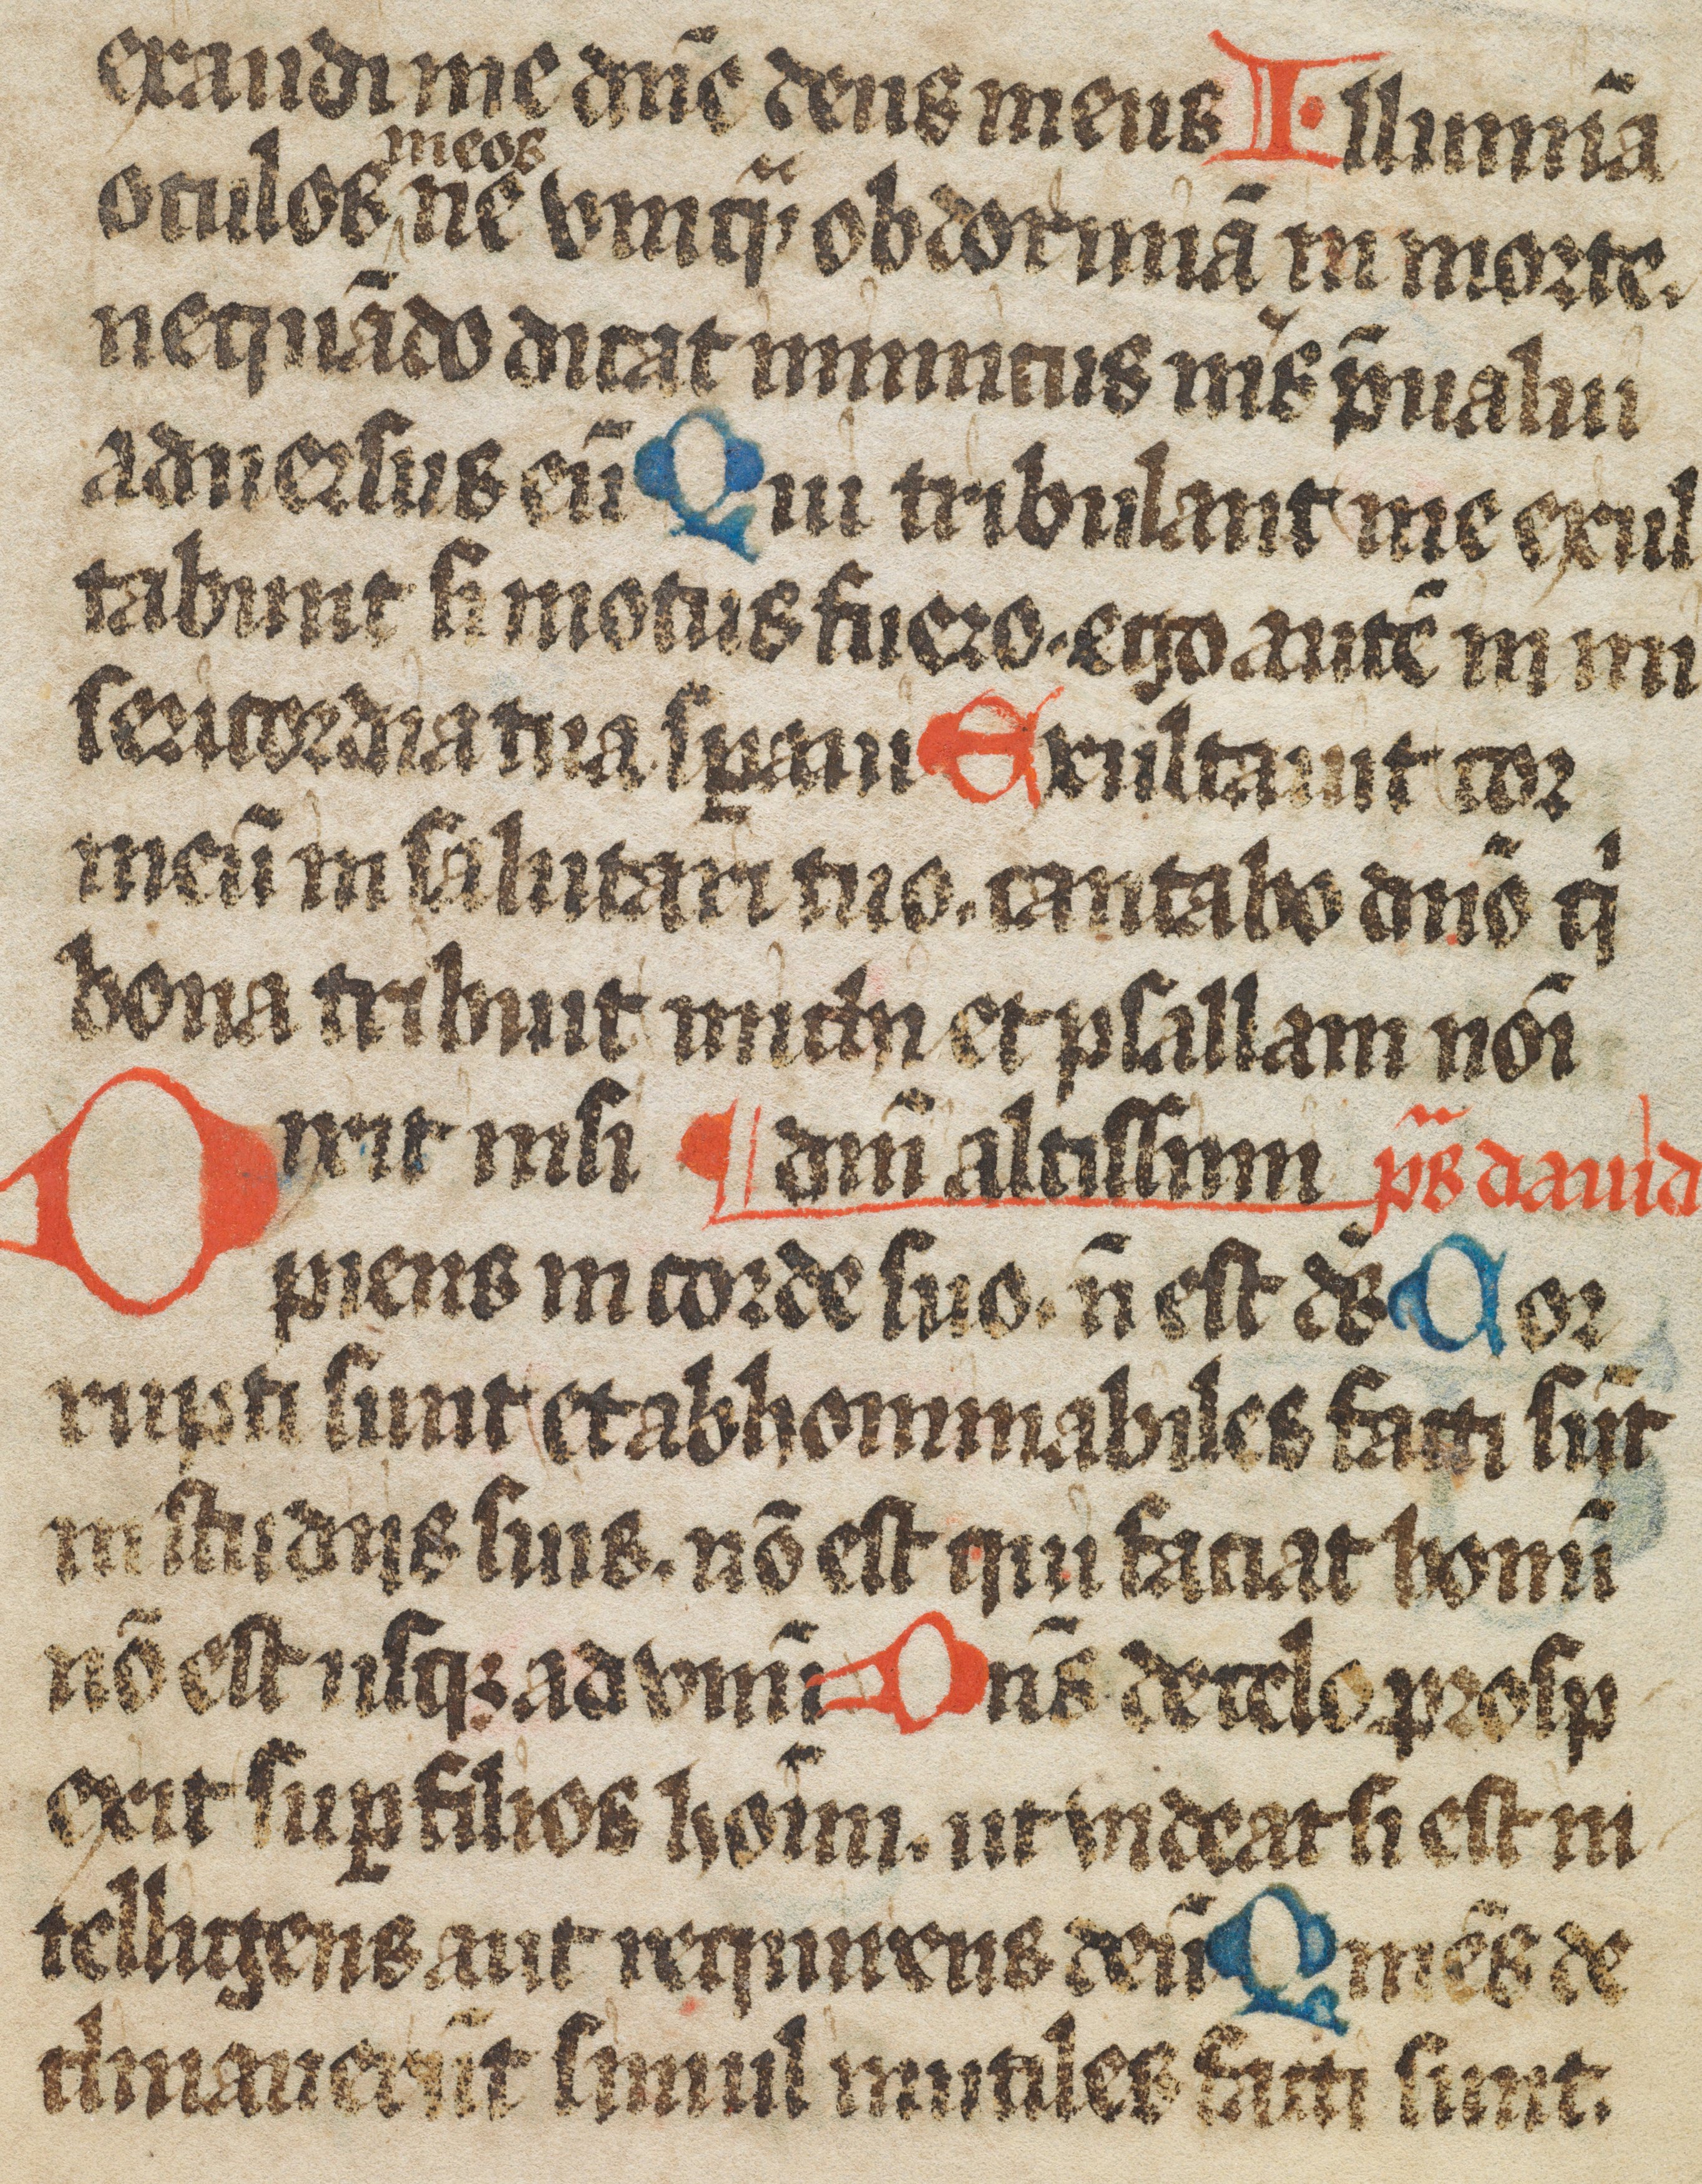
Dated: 1450–1499